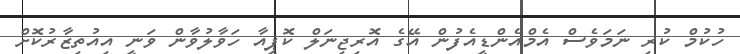
ހުކުމް ކުރި ނަމަވެސް އެމްއެންޑީއެފުން އޭގެ އޮރިޖިނަލް ކޮޕީއާ ހަވާލުވާން ވަނީ އިއުތިޒާރުކޮށް